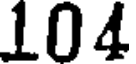
104